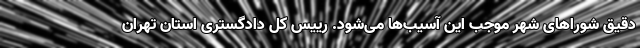
دقیق شوراهای شهر موجب این آسیب‌ها می‌شود. رییس کل دادگستری استان تهران